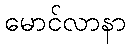
မောင်လာနာ